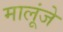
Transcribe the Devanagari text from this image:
मालूंजे